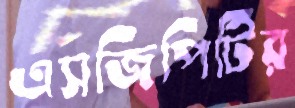
এসজিপিটির